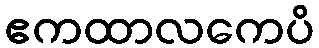
ဧကထာလကေပိ